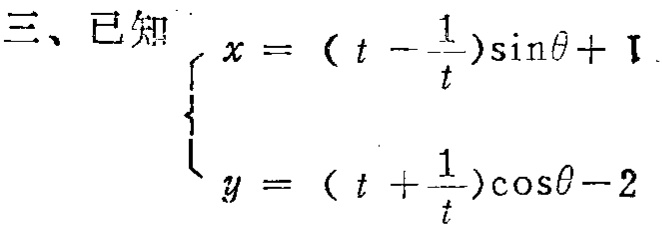
三、已知
\[
\begin{cases}
x = (t - \frac{1}{t})\sin\theta + 1\\
y = (t + \frac{1}{t})\cos\theta - 2
\end{cases}
\]